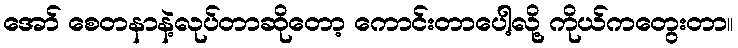
အော် စေတနာနဲ့လုပ်တာဆိုတော့ ကောင်းတာပေါ့လို့ ကိုယ်ကတွေးတာ။